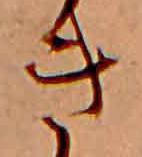
き